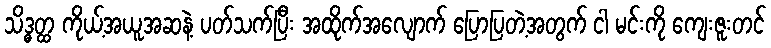
သိဒ္ဓတ္ထ ကိုယ့်အယူအဆနဲ့ ပတ်သက်ပြီး အထိုက်အလျောက် ပြောပြတဲ့အတွက် ငါ မင်းကို ကျေးဇူးတင်